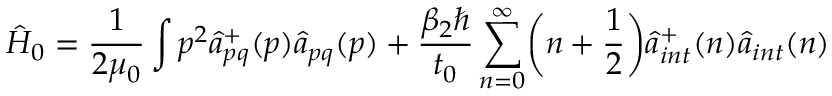
\hat { H } _ { 0 } = \frac { 1 } { 2 \mu _ { 0 } } \int \boldsymbol { p } ^ { 2 } { \hat { a } } _ { p q } ^ { + } ( \boldsymbol { p } ) { \hat { a } } _ { p q } ( \boldsymbol { p } ) + \frac { \beta _ { 2 } \hbar } { t _ { 0 } } \sum _ { n = 0 } ^ { \infty } \biggl ( n + \frac { 1 } { 2 } \biggr ) { \hat { a } } _ { i n t } ^ { + } ( n ) { \hat { a } } _ { i n t } ( n ) \,